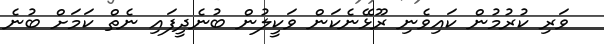
ވަރި ކުރުމުން ކައިވެނި ރޫޅޭނެކަން ވަކީލުން ބުނެދީފައި ނެތް ކަމަށް ބުނެ